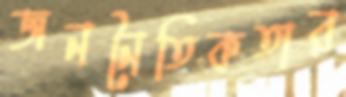
জননৈতিকতার